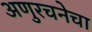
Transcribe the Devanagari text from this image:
अणुरचनेचा